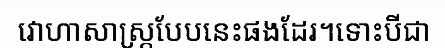
វោហាសាស្ត្របែបនេះផងដែរ។ទោះបីជា